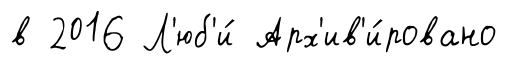
в 2016 Л'юб'и́ Арх'ив'и́ровано